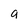
Character: g